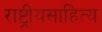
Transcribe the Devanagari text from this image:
राष्ट्रीयसाहित्य